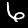
Label: 6